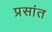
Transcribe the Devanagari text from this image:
प्रसांत